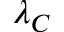
\lambda _ { C }